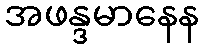
အဖန္ဒမာနေန